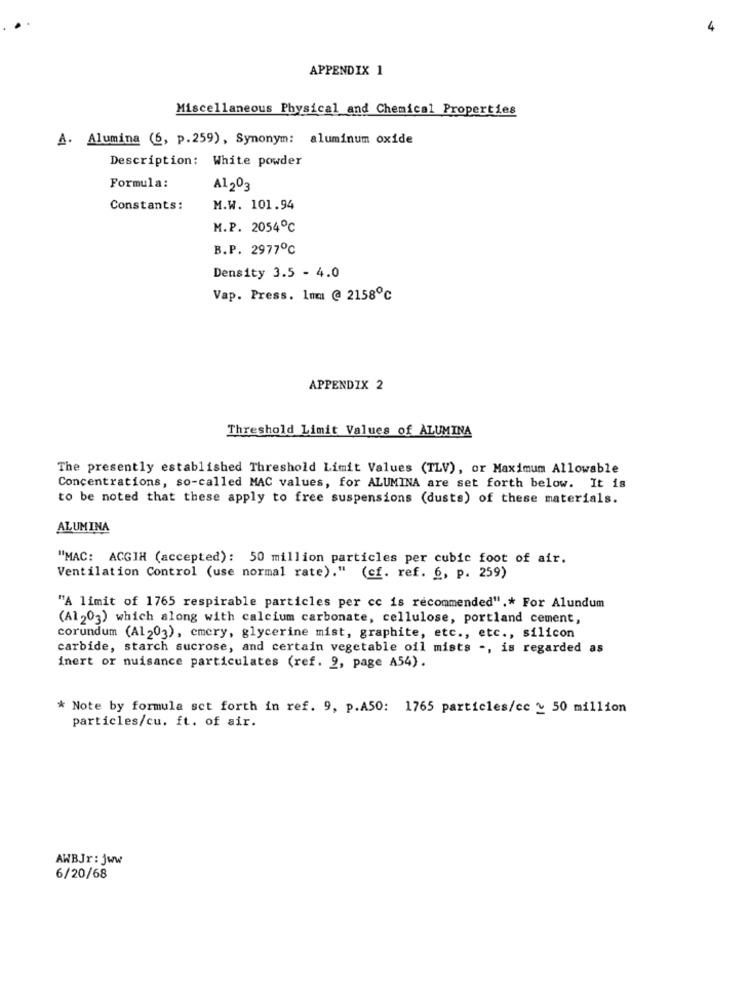
4
APPENDIX 1
Miscellaneous Physical and Chemical Properties
A· Alumina (6, p.259), Synonym: aluminum oxide
Description: White powder
Formula:
Al 203
Constants:
M.W. 101.94
M.P. 2054℃
B.P. 2977℃
Density 3.5 - 4.0
Vap. Press. 1mm @ 2158℃
APPENDIX 2
Threshold Limit Values of ALUMINA
The presently established Threshold Limit Values (TLV), or Maximum Allowable
Concentrations, so-called MAC values, for ALUMINA are set forth below. It is
to be noted that these apply to free suspensions (dusts) of these materials.
ALUMINA
"MAC: ACGIH (accepted): 50 million particles per cubic foot of air.
Ventilation Control (use normal rate)." (cf. ref. 6, p. 259)
"A limit of 1765 respirable particles per cc is recommended" .* For Alundum
(A1 203) which along with calcium carbonate, cellulose, portland cement,
corundum (Al 203), emery, glycerine mist, graphite, etc ., etc ., silicon
carbide, starch sucrose, and certain vegetable oil mists -, is regarded as
inert or nuisance particulates (ref. 9, page A54).
* Note by formula set forth in ref. 9, p.A50: 1765 particles/cc y 50 million
particles/cu. ft. of air.
AWBJr: jww
6/20/68